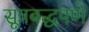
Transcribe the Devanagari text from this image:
सूत्रबद्धपणे